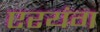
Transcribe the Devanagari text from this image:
एरयंग